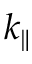
k _ { \parallel }